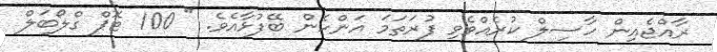
ރާއްޖެއިން ހާސިލް ކުރެއްވެވި ފުރަތަމަ އަންހެން ބޭފުޅާއެވެ. " 100 ޓޮޕް ގްލޯބަލް